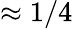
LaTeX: \approx 1/4